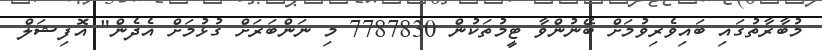
މުބާރާތުގައި ބައިވެރިވުމަށް ބޭނުންވާ ޓީމުތަކުން 7787830 މި ނަންބަރަށް ގުޅުމަށް އެދެން" އޮފިޝަލް